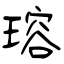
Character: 瑢